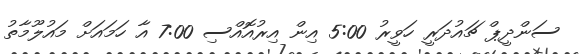
ސަންދީޕް ޗައުދަރީ ހަވީރު 5:00 އިން އިރުއޮއްސި 7:00 އާ ހަމައަށް މައުލޫމާތު